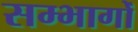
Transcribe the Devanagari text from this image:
सम्भागोँ